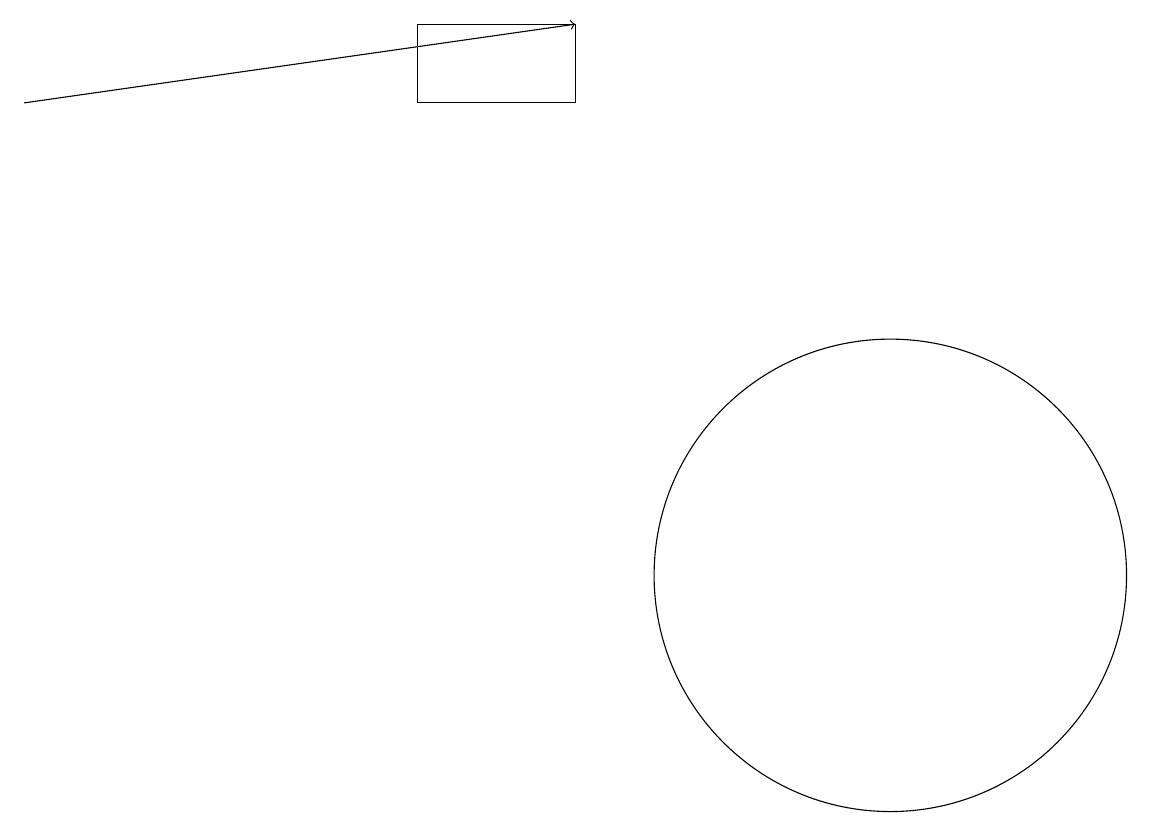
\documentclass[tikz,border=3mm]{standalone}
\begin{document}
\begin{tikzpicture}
\draw (7,17) rectangle (5,16);
\draw (11,10) circle (3);
\draw[->] (0,16) -- (7,17);
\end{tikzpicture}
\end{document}